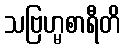
သဗြဟ္မစာရီတိ